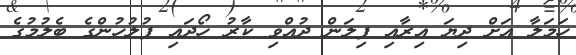
ހަމަލާ އަށް ދިޔަ އިރާއި ފިލަން ދުއްވި ކާރު ހޯދައި ފުލުހުންގެ ބެލުމުގެ